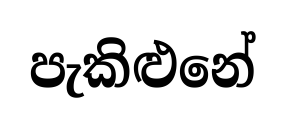
පැකිළුනේ